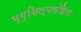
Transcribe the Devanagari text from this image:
भृगुशिल्पसंहिता